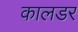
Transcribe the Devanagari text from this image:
कालडर